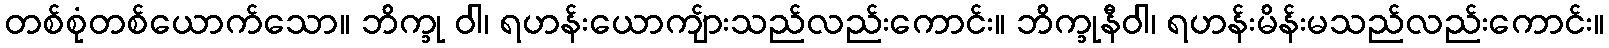
တစ်စုံတစ်ယောက်သော။ ဘိက္ခု ဝါ၊ ရဟန်းယောကျ်ားသည်လည်းကောင်း။ ဘိက္ခုနီဝါ၊ ရဟန်းမိန်းမသည်လည်းကောင်း။